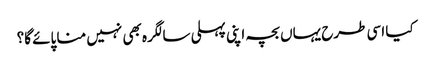
کیا اسی طرح یہاں بچہ اپنی پہلی سالگرہ بھی نہیں منا پائے گا؟